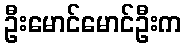
ဦးမောင်မောင်ဦးက